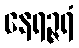
နေရဉ္ဇရံ